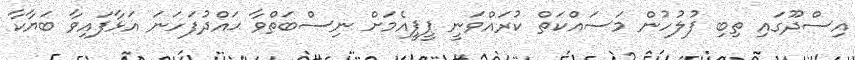
އިސްދޫގައި ތިބި ފުލުހުން މަސައްކަތް ކުރައްވަނީ ޕީޕީއެމަށް ނިސްބަތްވާ ޙައްދުފަހަނަ އަޅާފައިވާ ބަޔާކާ